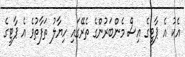
އެކު އެ ޕާޓީގެ އިސް މެންބަރުންގެ ތެރޭގައި ހިޔާލު ތަފާތުވެ އެ ޕާޓީގެ